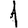
Digit: 1